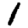
Digit: 1